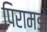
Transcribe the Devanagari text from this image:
पिरामडों